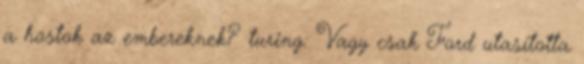
a hostok az embereknek? turing: Vagy csak Ford utasította